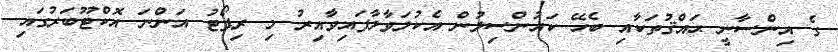
ގެ އިންސާނީ ޙައްޤުތަކާއި ބެހޭ ކައުންސިލުން އެކުލަވާލާފައިވާއިރު މި ރިޕޯޓު އަންނަ އޮކްޓޫބަރުގައި